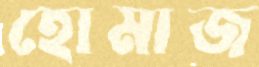
হোমাজ